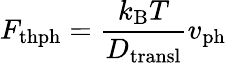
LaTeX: {F}_{\mathrm{thph}}=\frac{k_{\mathrm{B}}T}{D_{\mathrm{transl}}}{v}_{\mathrm{ph}}